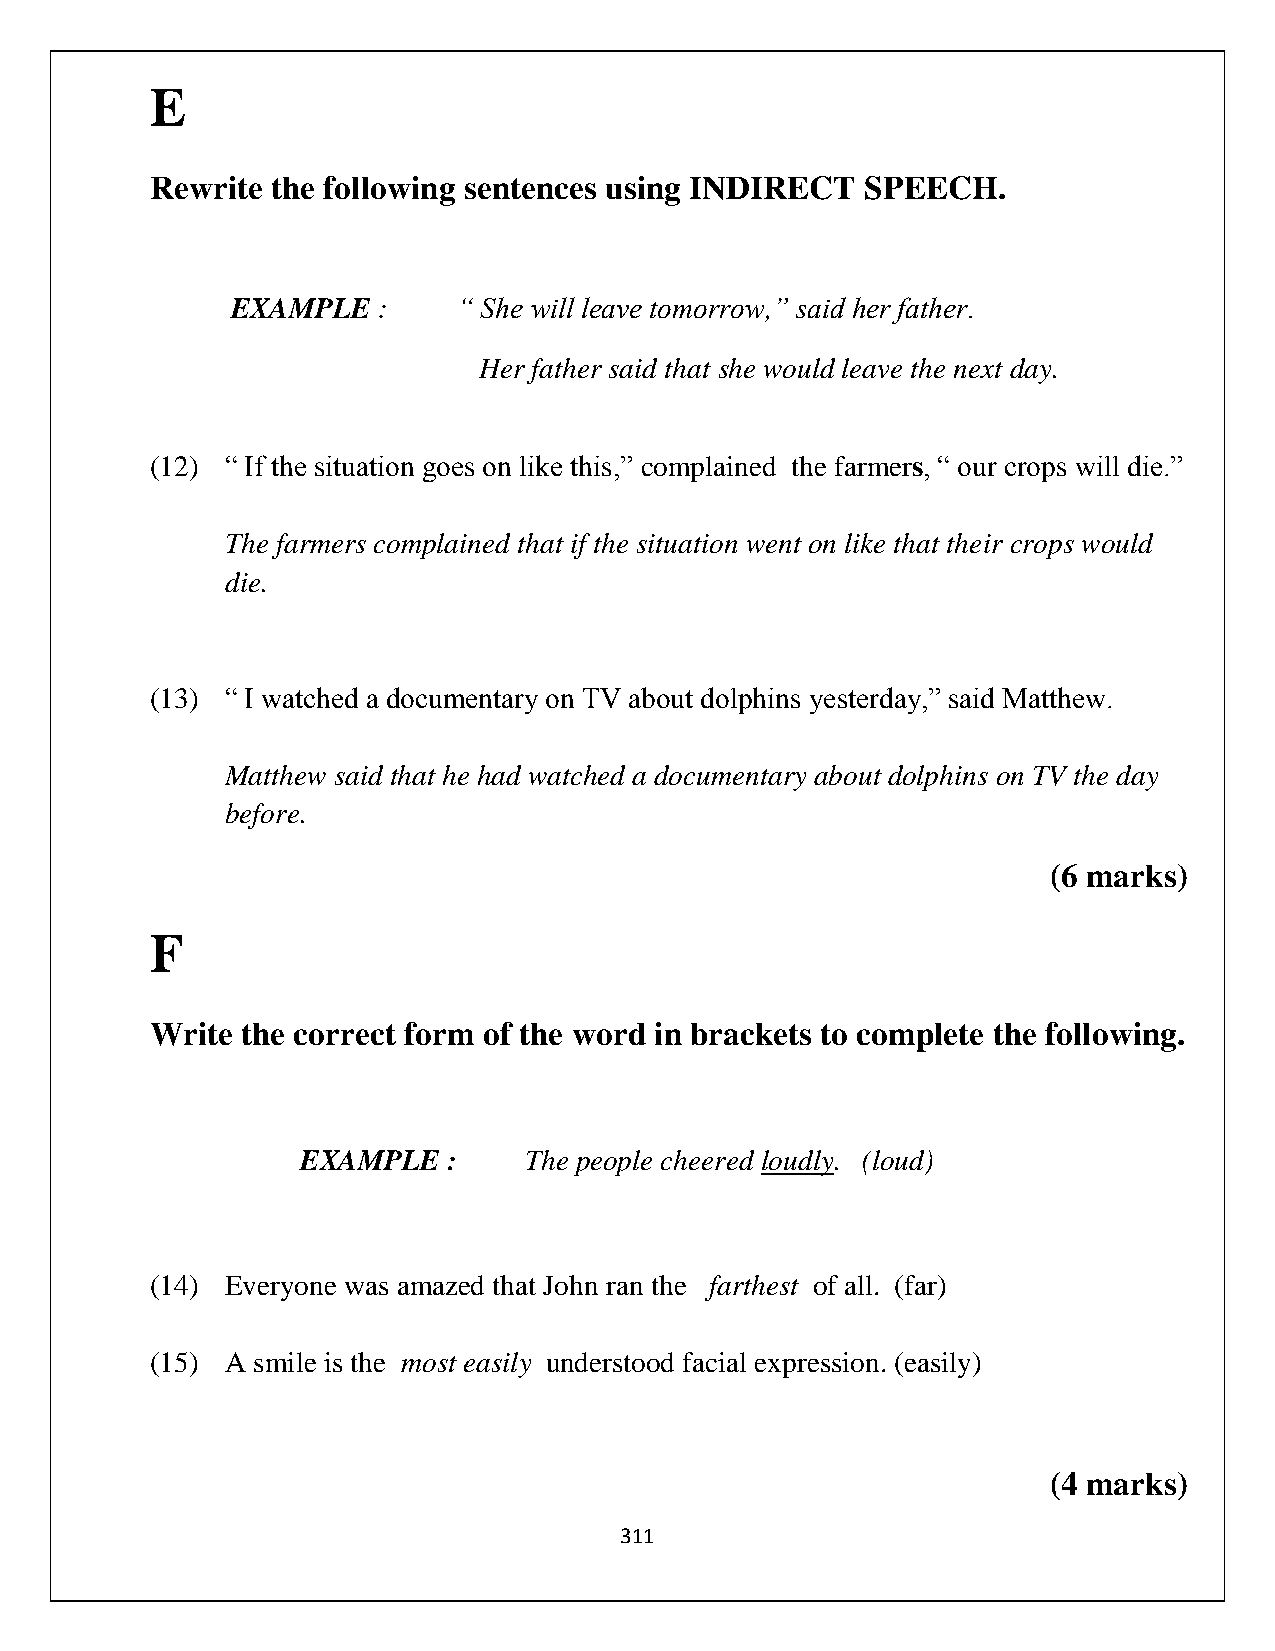
E
 Rewrite the following sentences using INDIRECT SPEECH.
 EXAMPLE   :    “ She will leave tomorrow,” said her father.
 Her father said that she would leave the next day.
 (12) “ If the situation goes on like this,” complained the farmers, “ our crops will die.”
 The farmers complained that if the situation went on like that their crops would
 die.
 (13) “ I watched a documentary on TV about dolphins yesterday,” said Matthew.
 Matthew said that he had watched a documentary about dolphins on TV the day
 before.
 (6 marks)
 F
 Write the correct form of the word in brackets to complete the following.
 EXAMPLE   :    The people cheered loudly. (loud)
 (14) Everyone was amazed that John ran the farthest of all. (far)
 (15) A smile is the most easily understood facial expression. (easily)
 (4 marks)
 311